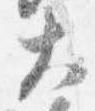
大